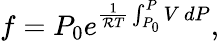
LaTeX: f=P_{0}e^{\frac{1}{{\cal R}T}\int_{P_{0}}^{P}V~dP},